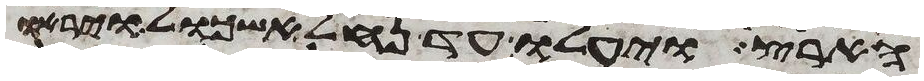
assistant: הארץ ויעלו עד נחל אשכול ויראו